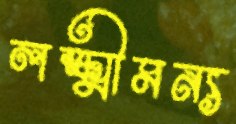
লক্ষ্মীমন্য